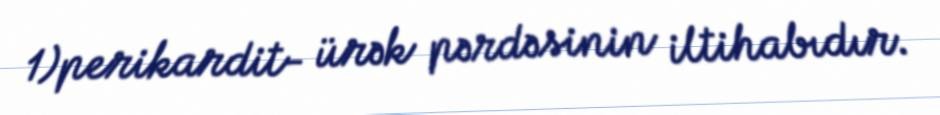
1)perikardit- ürək pərdəsinin iltihabıdır.